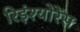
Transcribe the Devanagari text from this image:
रिइंश्योरेंस